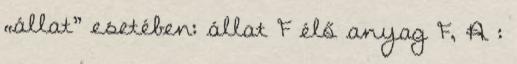
„állat” esetében: állat F élő anyag F, A :